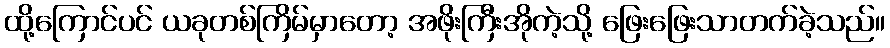
ထို့ကြောင်ပင် ယခုတစ်ကြိမ်မှာတော့ အဖိုးကြီးအိုကဲ့သို့ ဖြေးဖြေးသာတက်ခဲ့သည်။